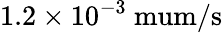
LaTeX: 1.2\times 10^{-3}\mathrm{\ mum/s}